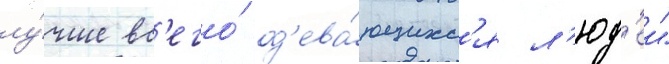
лу́чше вс'его́ од'ева́ющихс'я л'юд'еи"